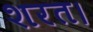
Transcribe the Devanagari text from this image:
शरत।